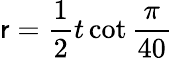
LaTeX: \mathsf{r}={\frac{{1}}{{2}}}t\cot{\frac{{\pi}}{{40}}}